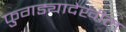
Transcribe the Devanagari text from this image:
फुगड्यादेखील